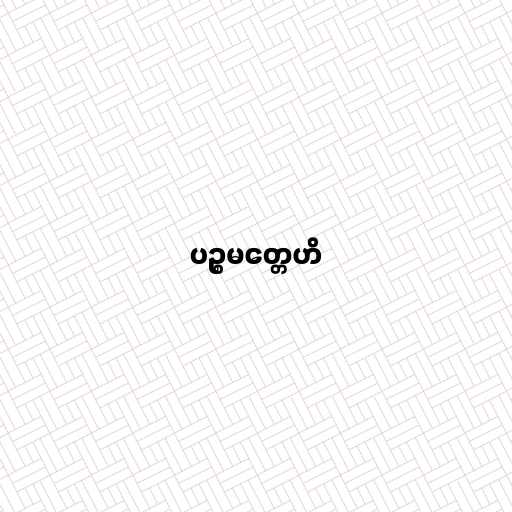
ပဉ္စမတ္တေဟိ